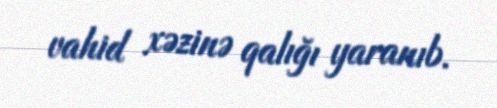
vahid xəzinə qalığı yaranıb.